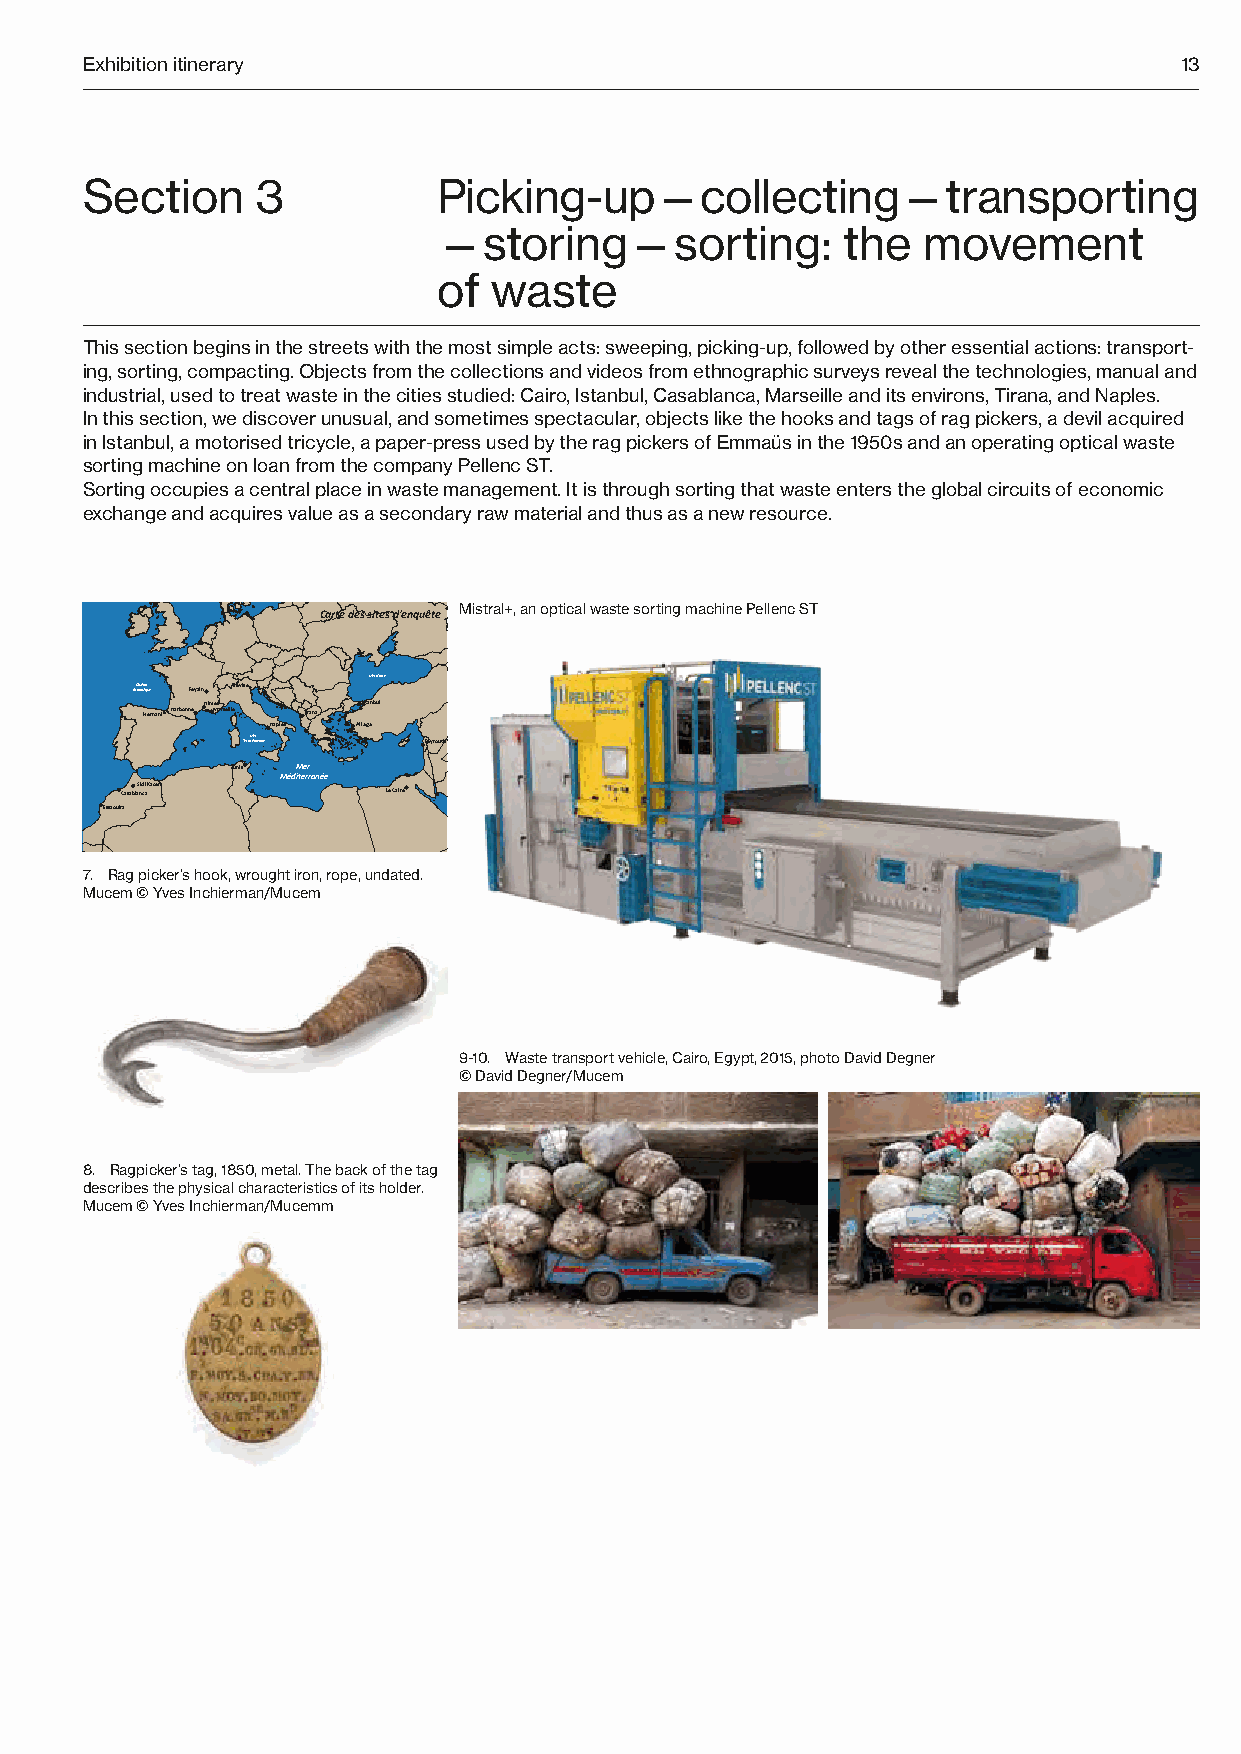
Exhibition itinerary                                                     1133
 Section     3           Picking-up—collecting—transporting
 —storing—sorting:          the  movement
 of  waste
 This section begins in the streets with the most simple acts: sweeping, picking-up, followed by other essential actions: transport-
 ing, sorting, compacting. Objects from the collections and videos from ethnographic surveys reveal the technologies, manual and
 industrial, used to treat waste in the cities studied: Cairo, Istanbul, Casablanca, Marseille and its environs, Tirana, and Naples.
 In this section, we discover unusual, and sometimes spectacular, objects like the hooks and tags of rag pickers, a devil acquired
 in Istanbul, a motorised tricycle, a paper-press used by the rag pickers of Emmaüs in the 1950s and an operating optical waste
 sorting machine on loan from the company Pellenc ST.
 Sorting occupies a central place in waste management. It is through sorting that waste enters the global circuits of economic
 exchange and acquires value as a secondary raw material and thus as a new resource.
 Carte des sites d’enquête Mistral+, an optical waste sorting machine Pellenc ST
 Mer Noire
 AtOlacnétiaqnu e Feyzin Trévise
 Hernani Narbonne NîmMesarseille Tirana Istanbul
 Naples Aliaga
 TyrrhMéenrie nne Beyrouth
 Tunis Mer
 Méditerranée
 CasablaS nid ci a Kacem Le Caire
 Essaouira
 7. Rag picker’s hook, wrought iron, rope, uEcnhelle : 1/F1do5n 0d0 d0e 0 c0a0ar t-e R :é Naalitsuatrtiaol nE a: r eLtIhS SdTa, tCaN - RS dSo,u Urcneiv :e drso .itnén Té oeus ldo’uesneq Jueêatne sJ,a 2u0rè1s4,- 22001166
 Mucem © Yves Inchierman/Mucem
 9-10. Waste transport vehicle, Cairo, Egypt, 2015, photo David Degner
 © David Degner/Mucem
 8. Ragpicker’s tag, 1850, metal. The back of the tag
 describes the physical characteristics of its holder.
 Mucem © Yves Inchierman/Mucemm